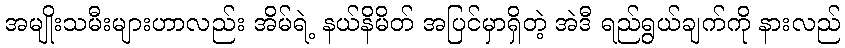
အမျိုးသမီးများဟာလည်း အိမ်ရဲ့ နယ်နိမိတ် အပြင်မှာရှိတဲ့ အဲဒီ ရည်ရွယ်ချက်ကို နားလည်